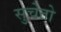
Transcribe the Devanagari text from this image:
सुचेतो